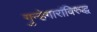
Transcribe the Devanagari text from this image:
गुन्हेगारांविरुद्ध